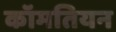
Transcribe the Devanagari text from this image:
कॉमतियन